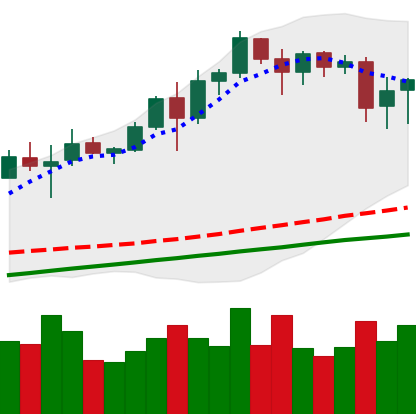
Ticker: BNB-USD
Chart end date: 2020-08-13
Forward return: 4.492%
Label: up_3_5